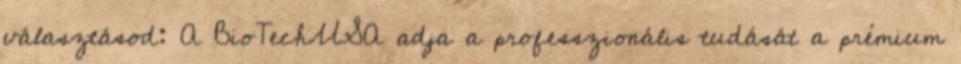
választásod: A BioTechUSA adja a professzionális tudását a prémium